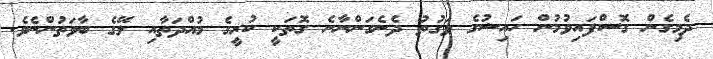
ދެމިގެން ގޮސްފައިވުމުން ހައިޟުގެ ވަގުތު ދެނެގަންނާނެ ގޮތަކީ ކުރީގެ މުއްދަތާއި ލޭގެ ބާވަތުންނެވެ.